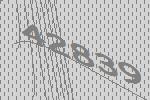
42839